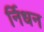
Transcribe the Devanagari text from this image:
र्निधन